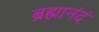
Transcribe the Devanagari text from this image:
ब्रह्मानंदं